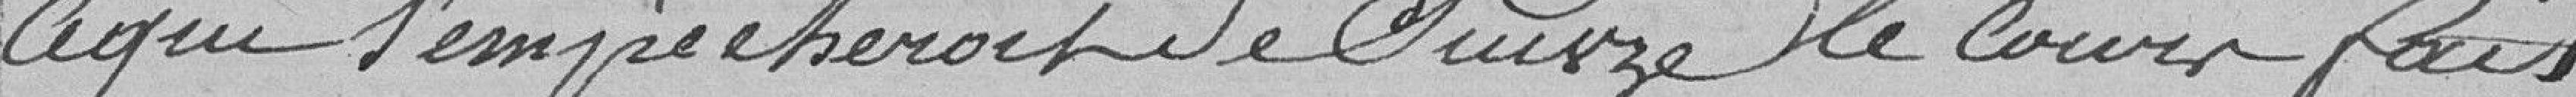
ce qui l'empêcherait de suivre le cour fait